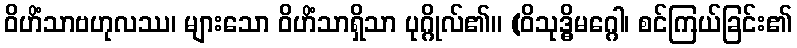
ဝိဟိံသာဗဟုလဿ၊ များသော ဝိဟိံသာရှိသာ ပုဂ္ဂိုလ်၏။ (ဝိသုဒ္ဓိမဂ္ဂေါ၊ စင်ကြယ်ခြင်း၏